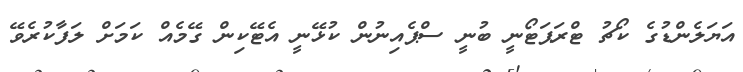
އަޔަލެންޑުގެ ކޯޗު ޓްރަޕަޓޯނީ ބުނީ ސްޕެއިނުން ކުޅޭނީ އެޓޭކިން ގޭމެއް ކަމަށް ލަފާކުރެވޭ